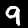
Digit: 9